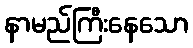
နာမည်ကြီးနေသော